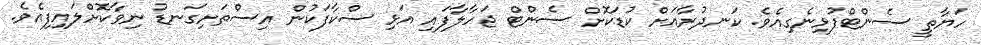
ހަޔާތީ ސެންޓްފުޅިނެގިއެވެ. ކަނދުރާއަށް ކުޑަކޮށް ސެންޓް ޖަހާލާފައި އަޅި ސްކާފަކުން އިސްތަށިގަނޑު ނިވާކޮށްލައިފިއެވެ.